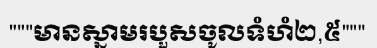
"""មានស្នាមរបួសចូលទំហំ២,៥"""